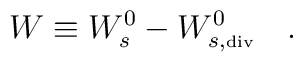
W\equiv W_s^0-W_{s,\tiny{\mbox{div}}}^0~~~.